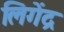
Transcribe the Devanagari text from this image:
लिगेंद्र